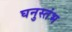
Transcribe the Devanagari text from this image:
घनुस्तंभ